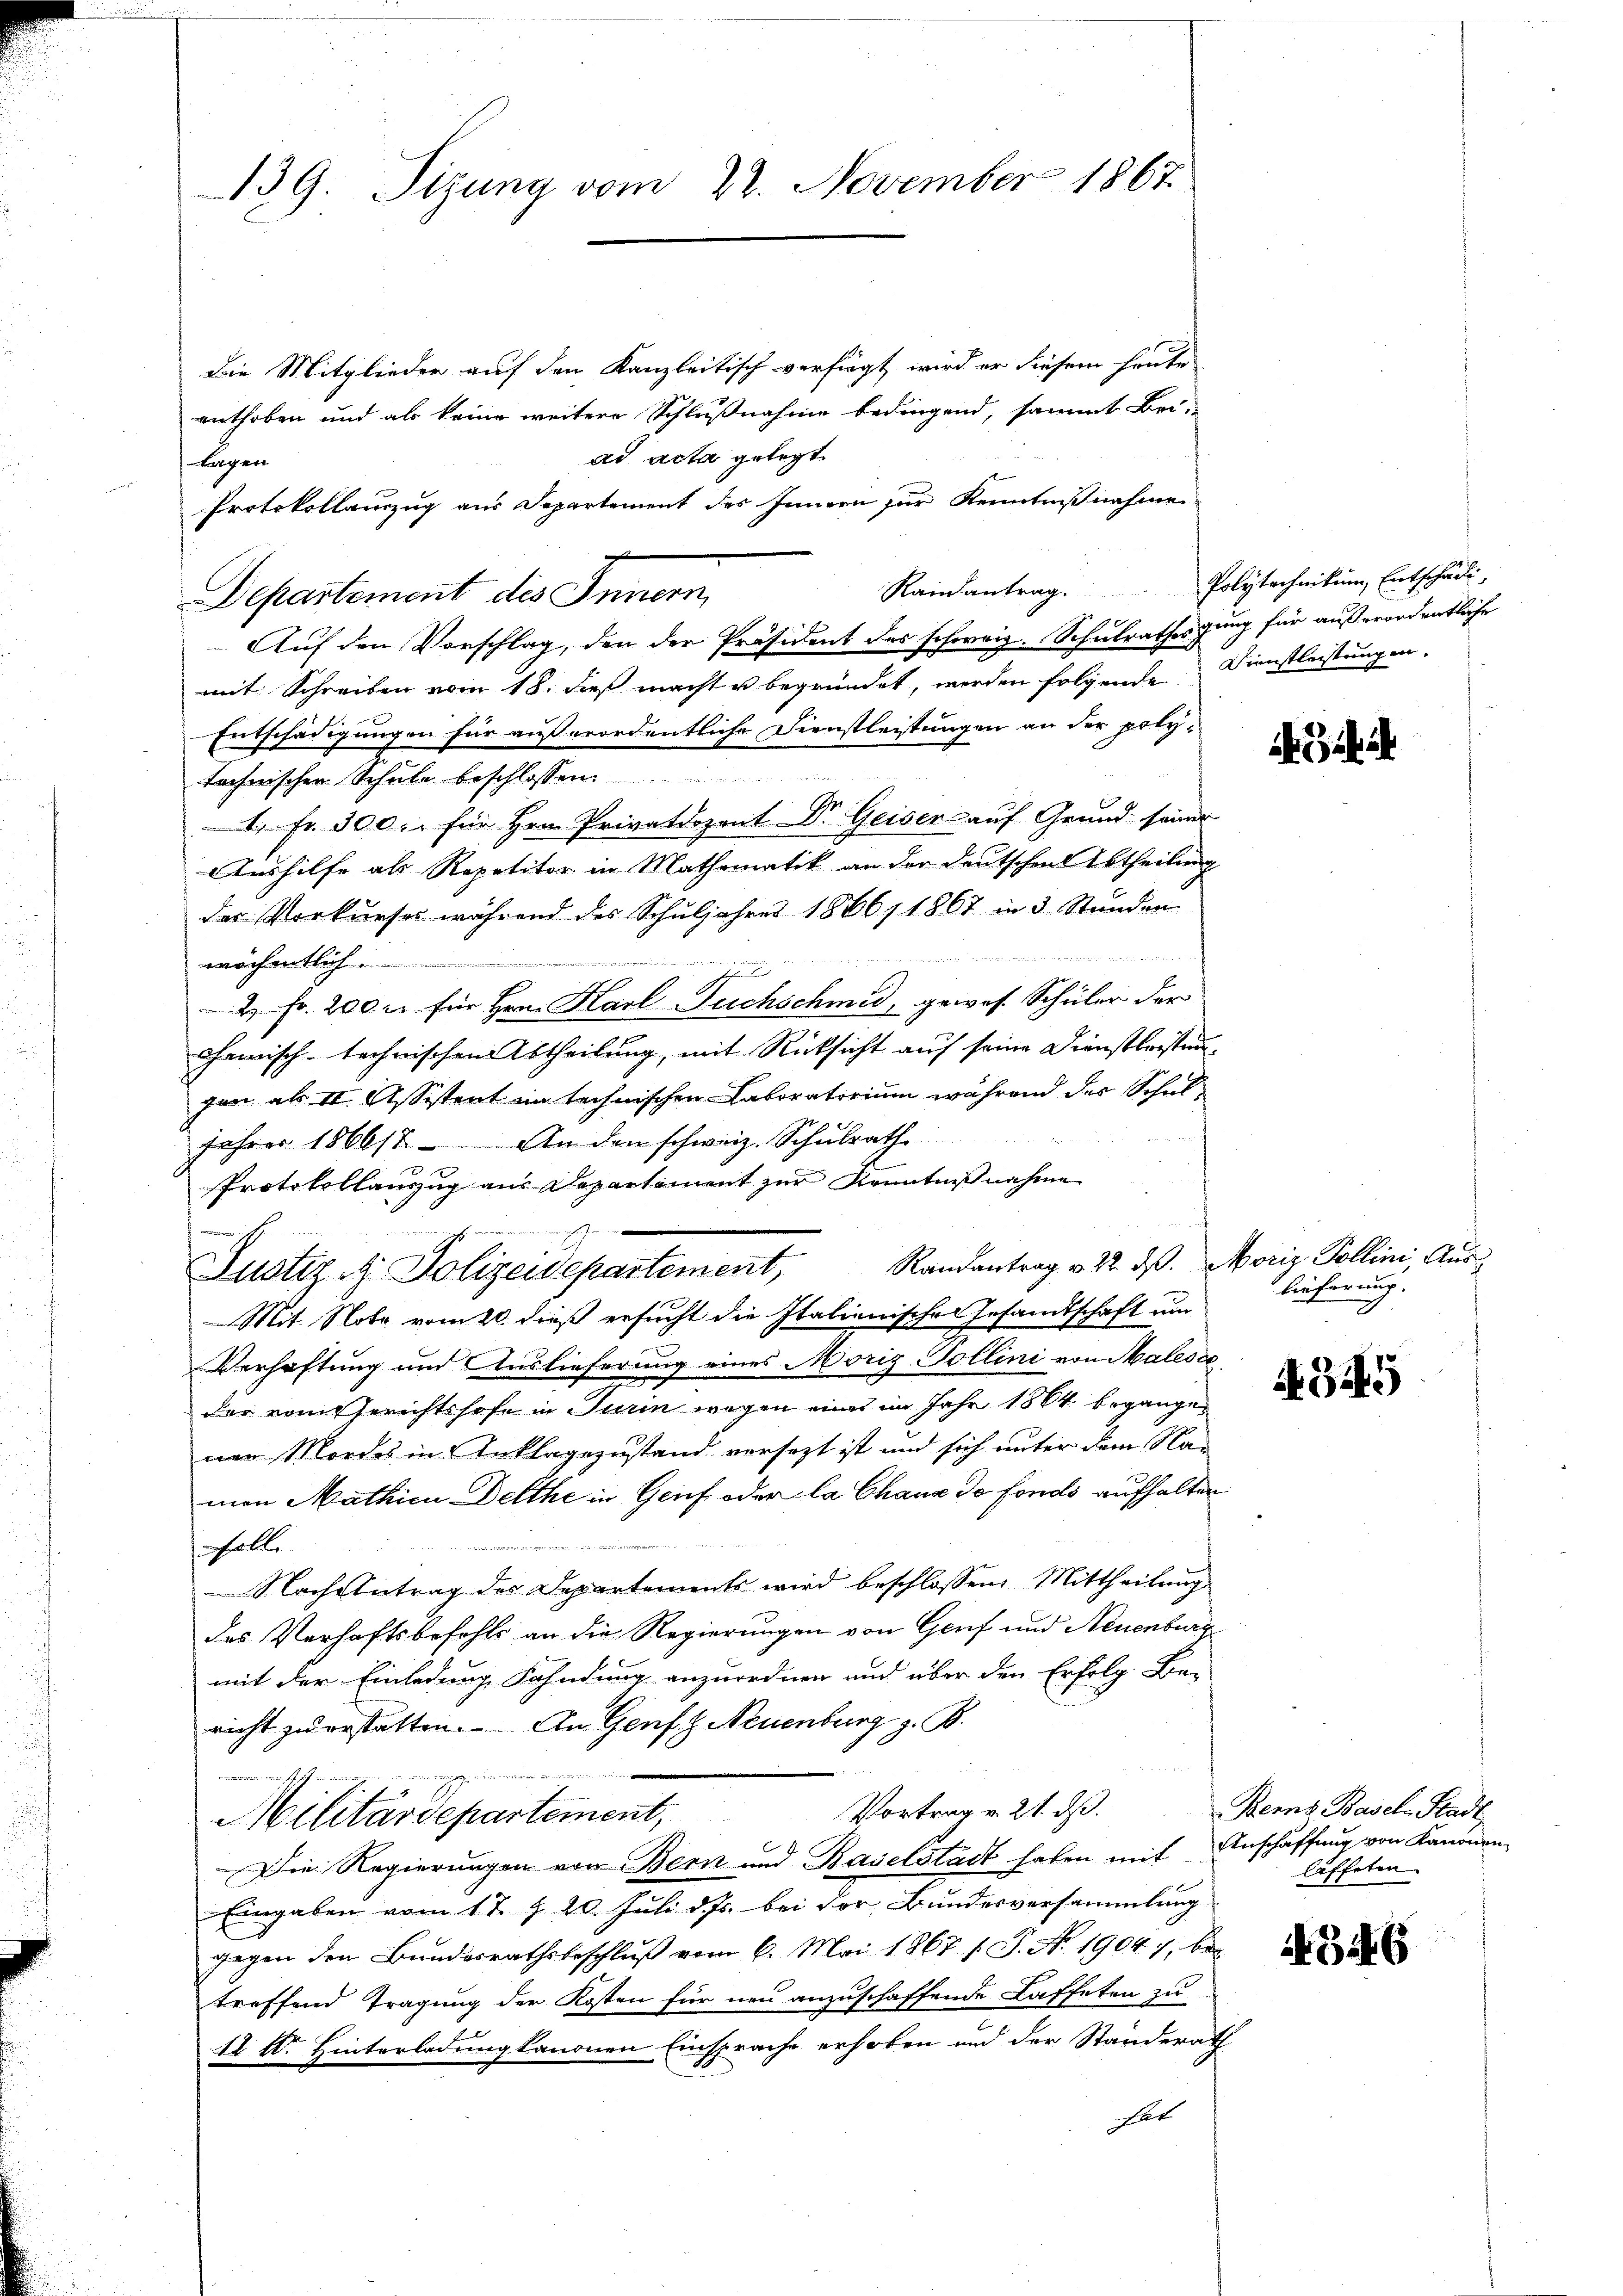
139. Sizung vom 22. November 1867

Die Mitglieder auf den Kanzleitisch verfügt, wird er diesem heute
enthoben und als keine weitere Schlußnahme bedingend, sammt Bei-
ad acta gelegt
Langen
Randantrag.
Auf den Vorschlag, den der Präsident des schweiz. Schulrathes ging für außerordentliche
mit Schreiben vom 18. dieß macht u begründet, werden folgende Dienstleistungen.
Entschädigungen für außerordentliche Dienstleistungen an der poly-

technischen Schule beschlossen:
1, Fr. 300. für Hrn. Privatdozent Dr. Geiser auf Grund seiner
Aushilfe als Repetitor in Mathematik an der Deutschen Abtheilung
das Vorkurses während des Schuljahres 1866/1867 in 3 Stunden

wöchentlich

 2 Fr. 200 l. für Hrn. Karl Fuchschmid, gewos. Schüler der
chemisch-technischen Abtheilung, mit Rücksicht auf seine Dienstleistungen als II. Assistent im technischen Laboratorium während der Schul¬
1 x
Jahrer 186618. An den schweiz. Schulrath
x
Protokollauszug aus Departement zur Kenntnißnahme
n armericht zu
.
Randantrag v. 22. ds. Moriz Pollini Aus¬
Zustiz & Polizeidepartement,
Mit Note vom 20. dieß ersucht die Italienischen Gesandtschaft um
Verhaftung und Auslieferung eines Moriz Sollini von Malese
der vom Gerichtshofe in Turin wegen eines im Jahr 1864 begangenen Mordes in Anklagezustand versezt ist und sich unter dem Nac
mon Mathien Delthe in Genf oder la Chaux de fonds aufhalten
Inhalte
 Nach Antrag des Departements wird beschlossen: Mittheilung
des Verhaftsbefehls an die Regierungen von Genf und Neuenburg
mit der Einladung Fahndung anzuordnen und über den Erfolg Be-
richt zu erstatten. An Genf. G. Neuenburg z. B.
inun
Vortrag v. 21. ds.
Militärdepartement,
Die Regierungen von Bern und Baselstadt haben mit Anschaffung von Kanonen-
Eingaben vom 17. d. 20. Juli d. Js. bei der Bundesversammlung
gegen den Bundesrathsbeschluß vom 6. Mai 1867 / J. No 1904. 7, bei
treffend Tragung der Kosten für neu anzuschaffende Kaffeten zu
14 Dr. Hinterladung kanonen Einsprache erhoben und der Standerath
Rat

Protokollauszug aus Departement des Innern zur Kenntnißnahme
Departement des Innern,

Polytechnikum, Entschädi

ii ih

lieferung.

4349

Berns Basel-Stadt
laffeten.

346